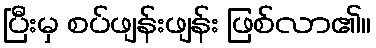
ပြီးမှ စပ်ဖျန်းဖျန်း ဖြစ်လာ၏။